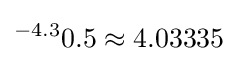
{}^{-4.3}0.5\approx 4.03335